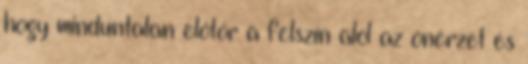
hogy minduntalan előtör a felszín alól az önérzet és